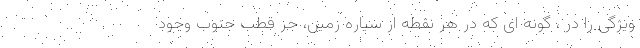
ویژگی را در ، گونه ای که در هر نقطه از سیاره زمین، جز قطب جنوب وجود